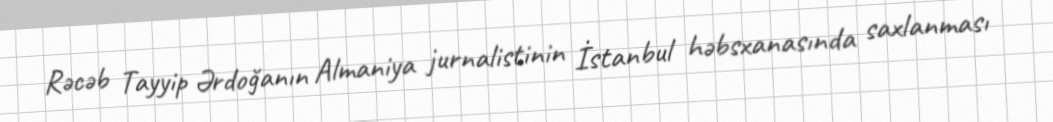
Rəcəb Tayyip Ərdoğanın Almaniya jurnalistinin İstanbul həbsxanasında saxlanması